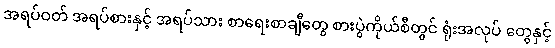
အရပ်ဝတ် အရပ်စားနှင့် အရပ်သား စာရေးစာချီတွေ စားပွဲကိုယ်စီတွင် ရုံးအလုပ် တွေနှင့်